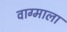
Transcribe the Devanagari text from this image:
वाग्माला